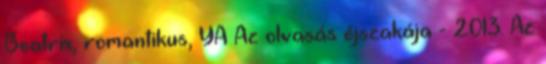
Beatrix, romantikus, YA Az olvasás éjszakája - 2013. Az